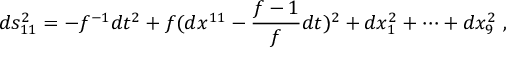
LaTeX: d s _ { 1 1 } ^ { 2 } = - f ^ { - 1 } d t ^ { 2 } + f ( d x ^ { 1 1 } - \frac { f - 1 } { f } d t ) ^ { 2 } + d x _ { 1 } ^ { 2 } + \cdots + d x _ { 9 } ^ { 2 } ~ ,